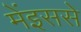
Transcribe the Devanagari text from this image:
मेंइससे